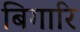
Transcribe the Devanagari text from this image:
बिगारि